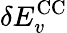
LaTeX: \delta E_{v}^{\mathrm{CC}}